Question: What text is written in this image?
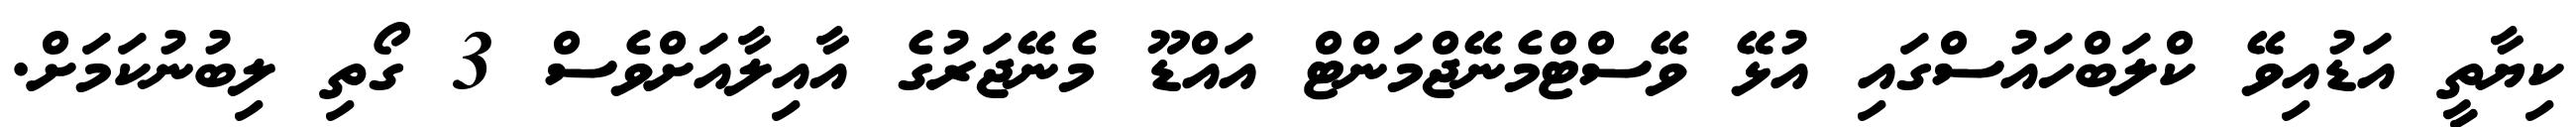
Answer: ކިޔާތީ އަޑުއިވޭ ކްލަބްހައުސްގައި އުޅޭ ވޭސްޓްމެނޭޖްމަންޓް އައްޑޫ މެނޭޖަރުގެ އާއިލާއަށްވެސް 3 ގޯތި ލިބުނުކަމަށް.